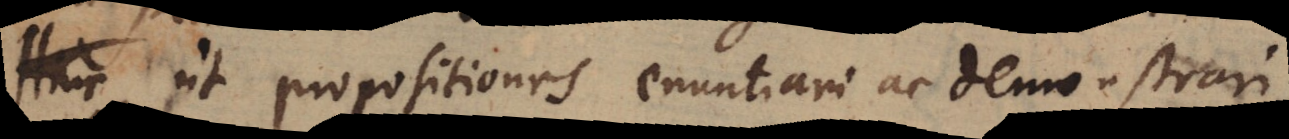
Hinc ut propositiones enuntiari ac demonstrari